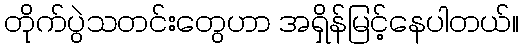
တိုက်ပွဲသတင်းတွေဟာ အရှိန်မြင့်နေပါတယ်။